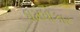
ધમધોકાર